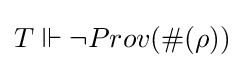
T\Vdash \neg Prov(\#(\rho ))